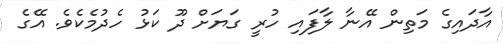
އާދައިގެ މަތިން އޭނާ ލާފައި ހުރީ ގަޔަށް ދޫ ކަޅު ހެދުމެކެވެ. އޭގެ